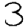
Digit: 3